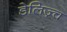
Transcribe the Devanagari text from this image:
डेलिज़्च